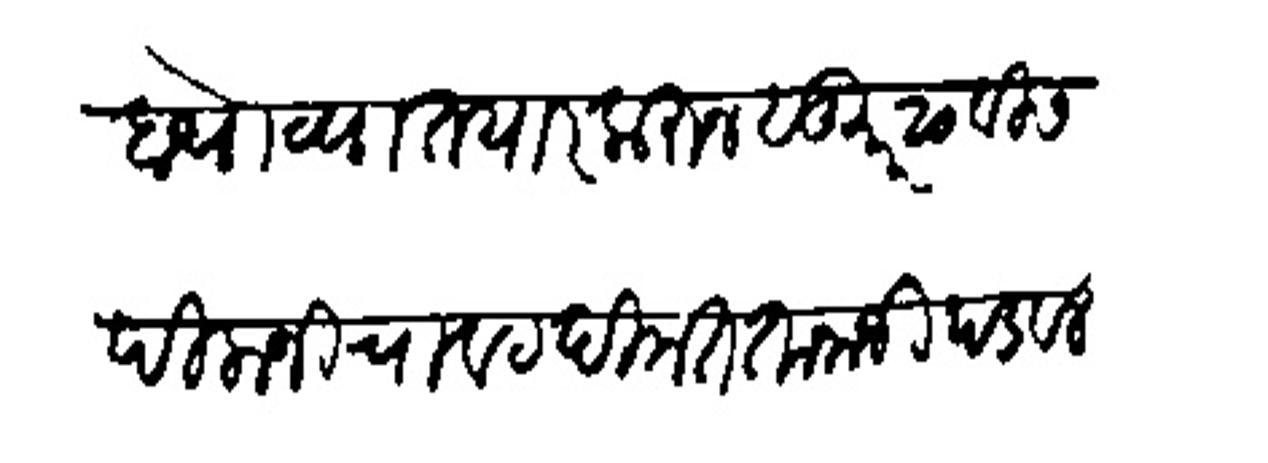
Transliteration (Devanagari): खोपट्या तयार करन सुमार २०वीस पिलाजी चाखट दिमत तानाजी पडवल